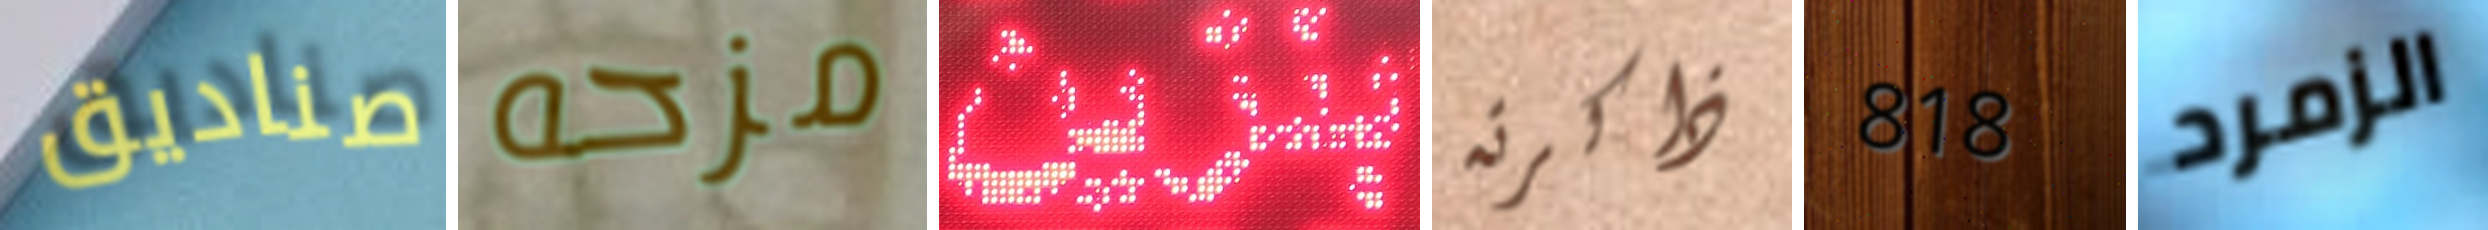
صناديق مزحه بنزين ذاكرته 818 الزمرد